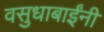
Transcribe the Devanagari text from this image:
वसुधाबाईंनी